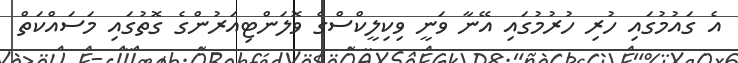
އެ ގައުމުގައި ހުރި ހުރުމުގައި އޭނާ ވަނީ ވިކިލީކްސްގެ ވޮލަންޓިއަރުންގެ ގޮތުގައި މަސައްކަތް